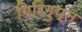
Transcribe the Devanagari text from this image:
गिरिगुप्त